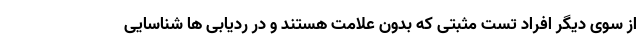
از سوی دیگر افراد تست مثبتی که بدون علامت هستند و در ردیابی ها شناسایی